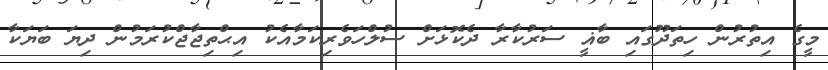
މީގެ އިތުރުން ހިތަދޫގައި ބާޣީ ސަރުކާރާ ދެކޮޅަށް ސުލްހަވެރިކަމާއެކު އިޙްތިޖާޖްކުރަމުން ދިޔަ ބަޔަކާ